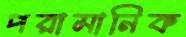
পরামানিক